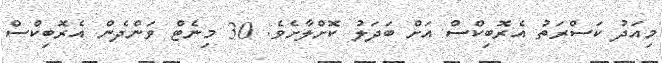
މިއަދު ކަސްރަތު އެރޮބިކްސް އަށް ބަދަލު ކޮށްލާށެވެ. 30 މިނެޓް ވަންދެން އެރޮބިކްސް